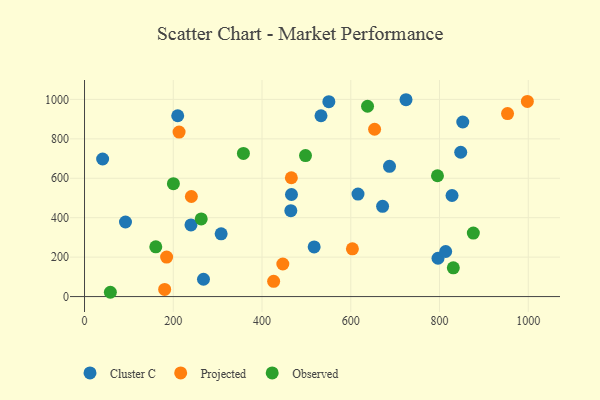
{"axis": {"x": "Experience", "y": "Sales"}, "legend": ["Cluster C", "Observed", "Projected"], "data": [{"x": "464.9", "y": 435.6, "type": "Cluster C"}, {"x": "307.9", "y": 318.0, "type": "Cluster C"}, {"x": "239.9", "y": 363.4, "type": "Cluster C"}, {"x": "671.7", "y": 457.6, "type": "Cluster C"}, {"x": "828.2", "y": 512.7, "type": "Cluster C"}, {"x": "210.0", "y": 917.0, "type": "Cluster C"}, {"x": "796.6", "y": 194.4, "type": "Cluster C"}, {"x": "813.9", "y": 228.5, "type": "Cluster C"}, {"x": "268.1", "y": 87.9, "type": "Cluster C"}, {"x": "616.3", "y": 519.7, "type": "Cluster C"}, {"x": "687.3", "y": 660.6, "type": "Cluster C"}, {"x": "517.5", "y": 251.7, "type": "Cluster C"}, {"x": "532.9", "y": 917.0, "type": "Cluster C"}, {"x": "466.4", "y": 517.6, "type": "Cluster C"}, {"x": "550.6", "y": 988.6, "type": "Cluster C"}, {"x": "40.8", "y": 697.6, "type": "Cluster C"}, {"x": "92.3", "y": 378.2, "type": "Cluster C"}, {"x": "847.8", "y": 731.9, "type": "Cluster C"}, {"x": "724.5", "y": 998.3, "type": "Cluster C"}, {"x": "852.4", "y": 885.3, "type": "Cluster C"}, {"x": "240.8", "y": 507.5, "type": "Projected"}, {"x": "446.9", "y": 165.1, "type": "Projected"}, {"x": "180.6", "y": 36.5, "type": "Projected"}, {"x": "653.7", "y": 848.5, "type": "Projected"}, {"x": "953.3", "y": 928.1, "type": "Projected"}, {"x": "466.1", "y": 602.6, "type": "Projected"}, {"x": "185.0", "y": 200.3, "type": "Projected"}, {"x": "998.0", "y": 989.6, "type": "Projected"}, {"x": "603.7", "y": 241.9, "type": "Projected"}, {"x": "426.2", "y": 77.1, "type": "Projected"}, {"x": "213.1", "y": 834.3, "type": "Projected"}, {"x": "263.0", "y": 393.8, "type": "Observed"}, {"x": "200.3", "y": 572.4, "type": "Observed"}, {"x": "58.2", "y": 21.8, "type": "Observed"}, {"x": "358.1", "y": 726.1, "type": "Observed"}, {"x": "795.4", "y": 612.7, "type": "Observed"}, {"x": "160.6", "y": 252.5, "type": "Observed"}, {"x": "876.2", "y": 321.8, "type": "Observed"}, {"x": "498.0", "y": 714.9, "type": "Observed"}, {"x": "637.8", "y": 965.3, "type": "Observed"}, {"x": "831.1", "y": 145.9, "type": "Observed"}]}